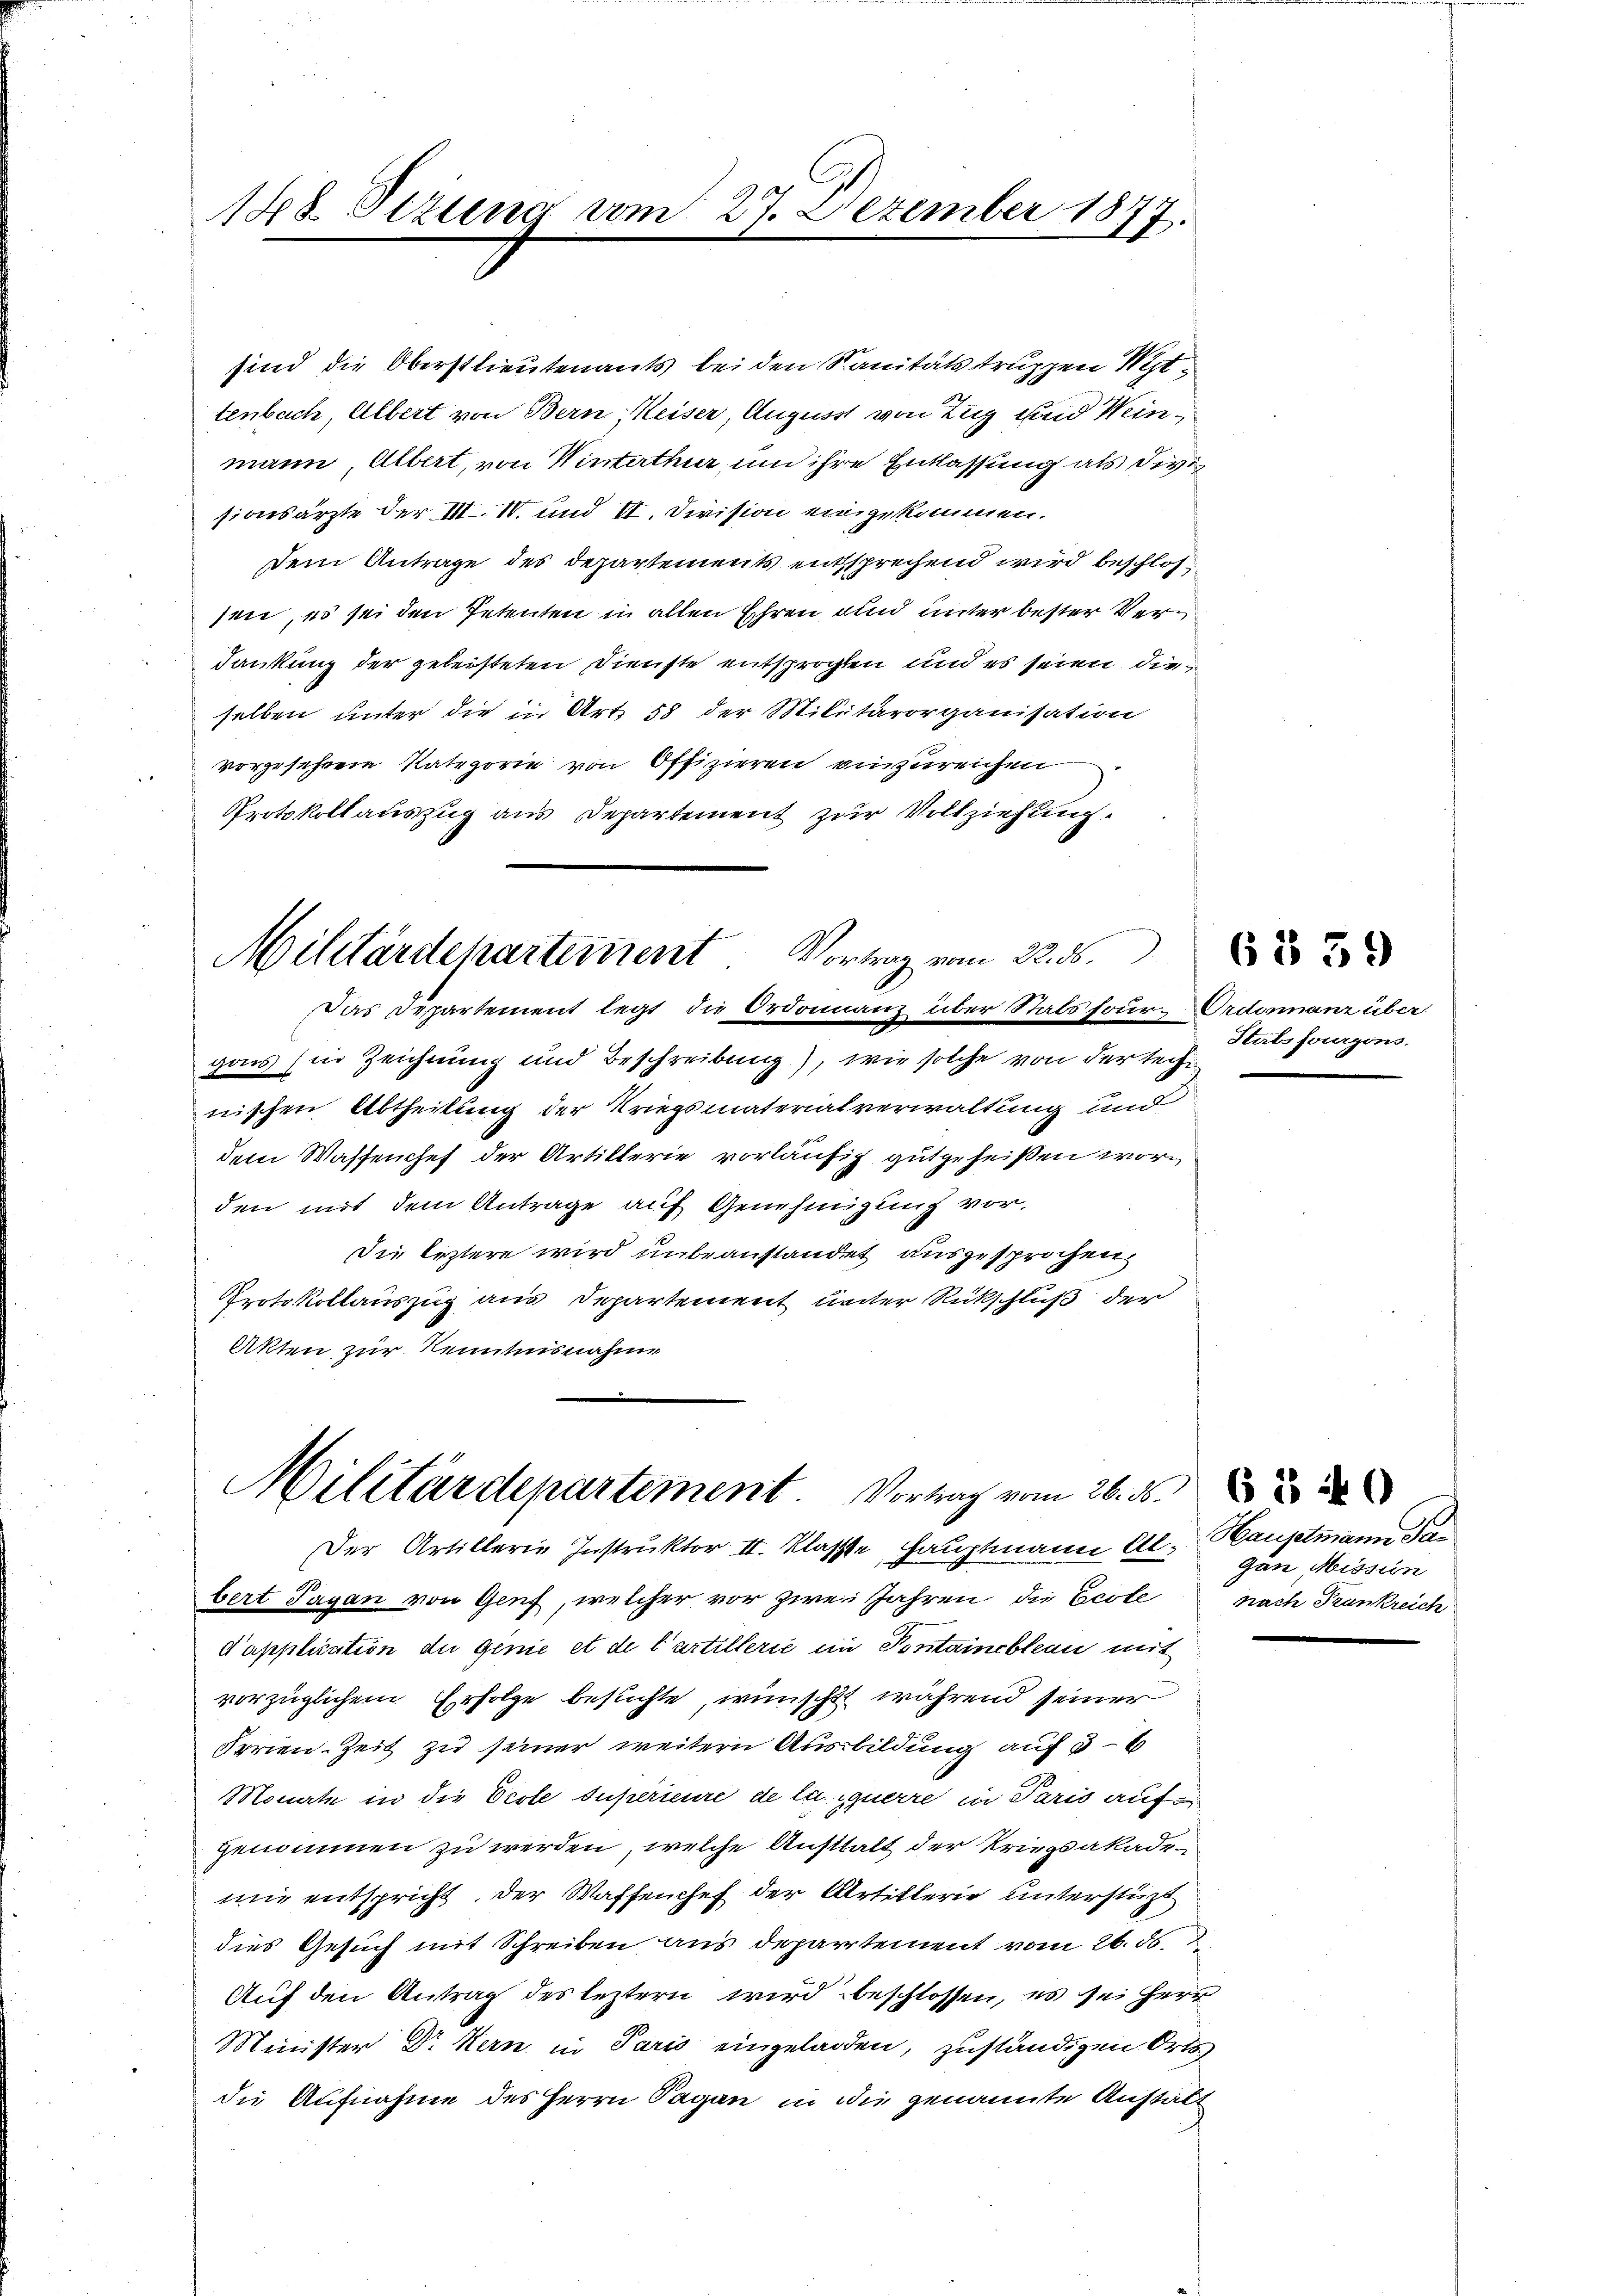
188. Sizung vom 27. Dezember 1877.

sionsärzte der VII IV. und II. Division eingekommen.
dankung der geleisteten Dienste entsprochten und es seien dieselben unter die in Art 58 der Militärorganisation
vorgesehene Kategorie von Offizieren einzureichen
Protokollauszug aus Departement zur Vollziehung.
Militärdepartement Vortrag vom 22. ds.
Das Departement legt die Ordonnanz über Stabssour-Ordonnanz über
gais (in Zeichnung und Beschreibung), wie solche von der technischen Abtheilung der Kriegsmaterialverwaltung und
dem Wassenchef der Artillerie vorläufig gutgeheißen worden mit dem Antrage auf Genehmigung vor,
Die leztere wird unbeanstandet ausgesprochen
Protokollauszug aus Departement unter Rückschluß der
Akten zur Kenntnisnahme

sind die Oberstlieutenants bei den Sanitätstruppen Mittenbach, Albert von Bern, Keiser, August von Zug und Weinmann, Albert, von Winterthur um ihre Entlassung als divi¬
Dem Antrage des Departements entsprechend wird beschlos
sen, es sei den Petenten in allen Ehren und unter bester Ver¬

Militärdepartement Vortrag vom 26. ds.
Der Artillerie Instruktor II. Klasste, Hauptmann Al. Hauptmann dabert Tagan von Genf, welcher vor zwei Jahren, die Ecole

d’application die Ginie et de l’artillerie im Pontainebleau mit
vorzüglichem Erfolge besuchte, wünscht während seiner
Ferien-Zeit zu seiner weitern Ausbildung auf 3 - 6
Monate in die Ecole supérieure de la querre in Paris aufgenommen zu werden, welche Austhalt der Kriegsakademie entspricht, der Waffenchef der Artillerie unterstüzt
dies Gesuch mit Schreiben aus departement vom 26. ds.
Auf den Antrag des leztern wird beschlossen, es sei Herr
Minister Dr Kern in Paris eingeladen, zuständigen Orts
die Aufnahme des Herrn Pagan in die genannte Anstatt

6 § 39

Stabsfourgens.

Gan Mission
nach Trankreich